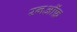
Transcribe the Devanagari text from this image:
रनऑफ़